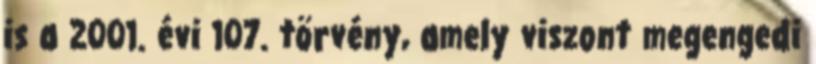
is a 2001. évi 107. törvény, amely viszont megengedi